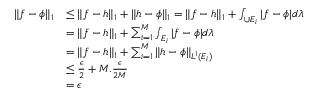
\begin{array} { r l } { \| f - \phi \| _ { 1 } } & { \leq \| f - h \| _ { 1 } + \| h - \phi \| _ { 1 } = \| f - h \| _ { 1 } + \int _ { \cup E _ { i } } | f - \phi | d \lambda } \\ & { = \| f - h \| _ { 1 } + \sum _ { i = 1 } ^ { M } \int _ { E _ { i } } | f - \phi | d \lambda } \\ & { = \| f - h \| _ { 1 } + \sum _ { i = 1 } ^ { M } \| h - \phi \| _ { L ^ { 1 } ( E _ { i } ) } } \\ & { \leq \frac { \epsilon } { 2 } + M . \frac { \epsilon } { 2 M } } \\ & { = \epsilon } \end{array}